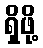
ရှိဖို့